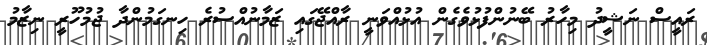
ރައީސް ނަޝީދު މިހާރު ބޭނުންފުޅުވެގެން އުޅުއްވަނީ ރާއްޖޭގައި ޒަމާނުއްސުރެ ހިނގަމުންދާ ޖުމުހޫރީ ނިޒާމު